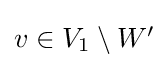
{\textstyle v\in V_{1}\setminus W'}